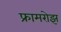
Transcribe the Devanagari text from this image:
फ्रामरोझ